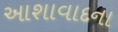
આશાવાદના